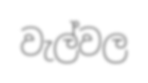
වැල්වල